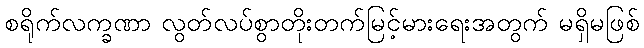
စရိုက်လက္ခဏာ လွတ်လပ်စွာတိုးတက်မြင့်မားရေးအတွက် မရှိမဖြစ်